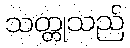
သတ္တုသည်